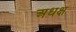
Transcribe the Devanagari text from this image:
अधक्ष